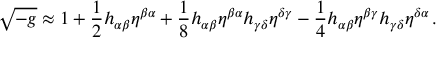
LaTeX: { \sqrt { - g } } \approx 1 + { \frac { 1 } { 2 } } h _ { \alpha \beta } \eta ^ { \beta \alpha } + { \frac { 1 } { 8 } } h _ { \alpha \beta } \eta ^ { \beta \alpha } h _ { \gamma \delta } \eta ^ { \delta \gamma } - { \frac { 1 } { 4 } } h _ { \alpha \beta } \eta ^ { \beta \gamma } h _ { \gamma \delta } \eta ^ { \delta \alpha } \, .